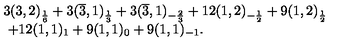
\begin{array} { l } { 3 ( 3 , 2 ) _ { \frac { 1 } { 6 } } + 3 ( \overline { { 3 } } , 1 ) _ { \frac { 1 } { 3 } } + 3 ( \overline { { 3 } } , 1 ) _ { - \frac { 2 } { 3 } } + 1 2 ( 1 , 2 ) _ { - \frac { 1 } { 2 } } + 9 ( 1 , 2 ) _ { \frac { 1 } { 2 } } } \\ { \ + 1 2 ( 1 , 1 ) _ { 1 } + 9 ( 1 , 1 ) _ { 0 } + 9 ( 1 , 1 ) _ { - 1 } . } \\ \end{array}